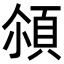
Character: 𩒀